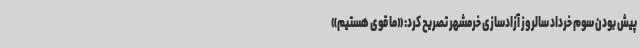
پیش بودن سوم خرداد سالروز آزادسازی خرمشهر تصریح کرد: «ما قوی هستیم»